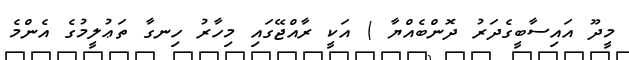
މީދޫ އައިސާބީގެދަރު ދޮންބެއްޔާ ) އަކީ ރާއްޖޭގައި މިހާރު ހިނގާ ތަޢުލީމުގެ އެންމެ